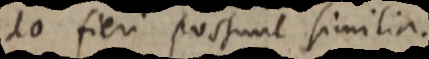
do fieri possunt similia.